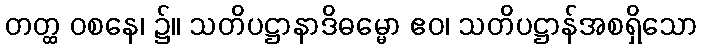
တတ္ထ ဝစနေ၊ ၌။ သတိပဋ္ဌာနာဒိဓမ္မော ဧဝ၊ သတိပဋ္ဌာန်အစရှိသော